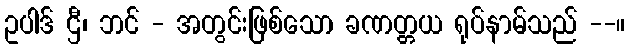
ဥပါဒ် ဌီ၊ ဘင် - အတွင်းဖြစ်သော ခဏတ္တယ ရုပ်နာမ်သည် --။